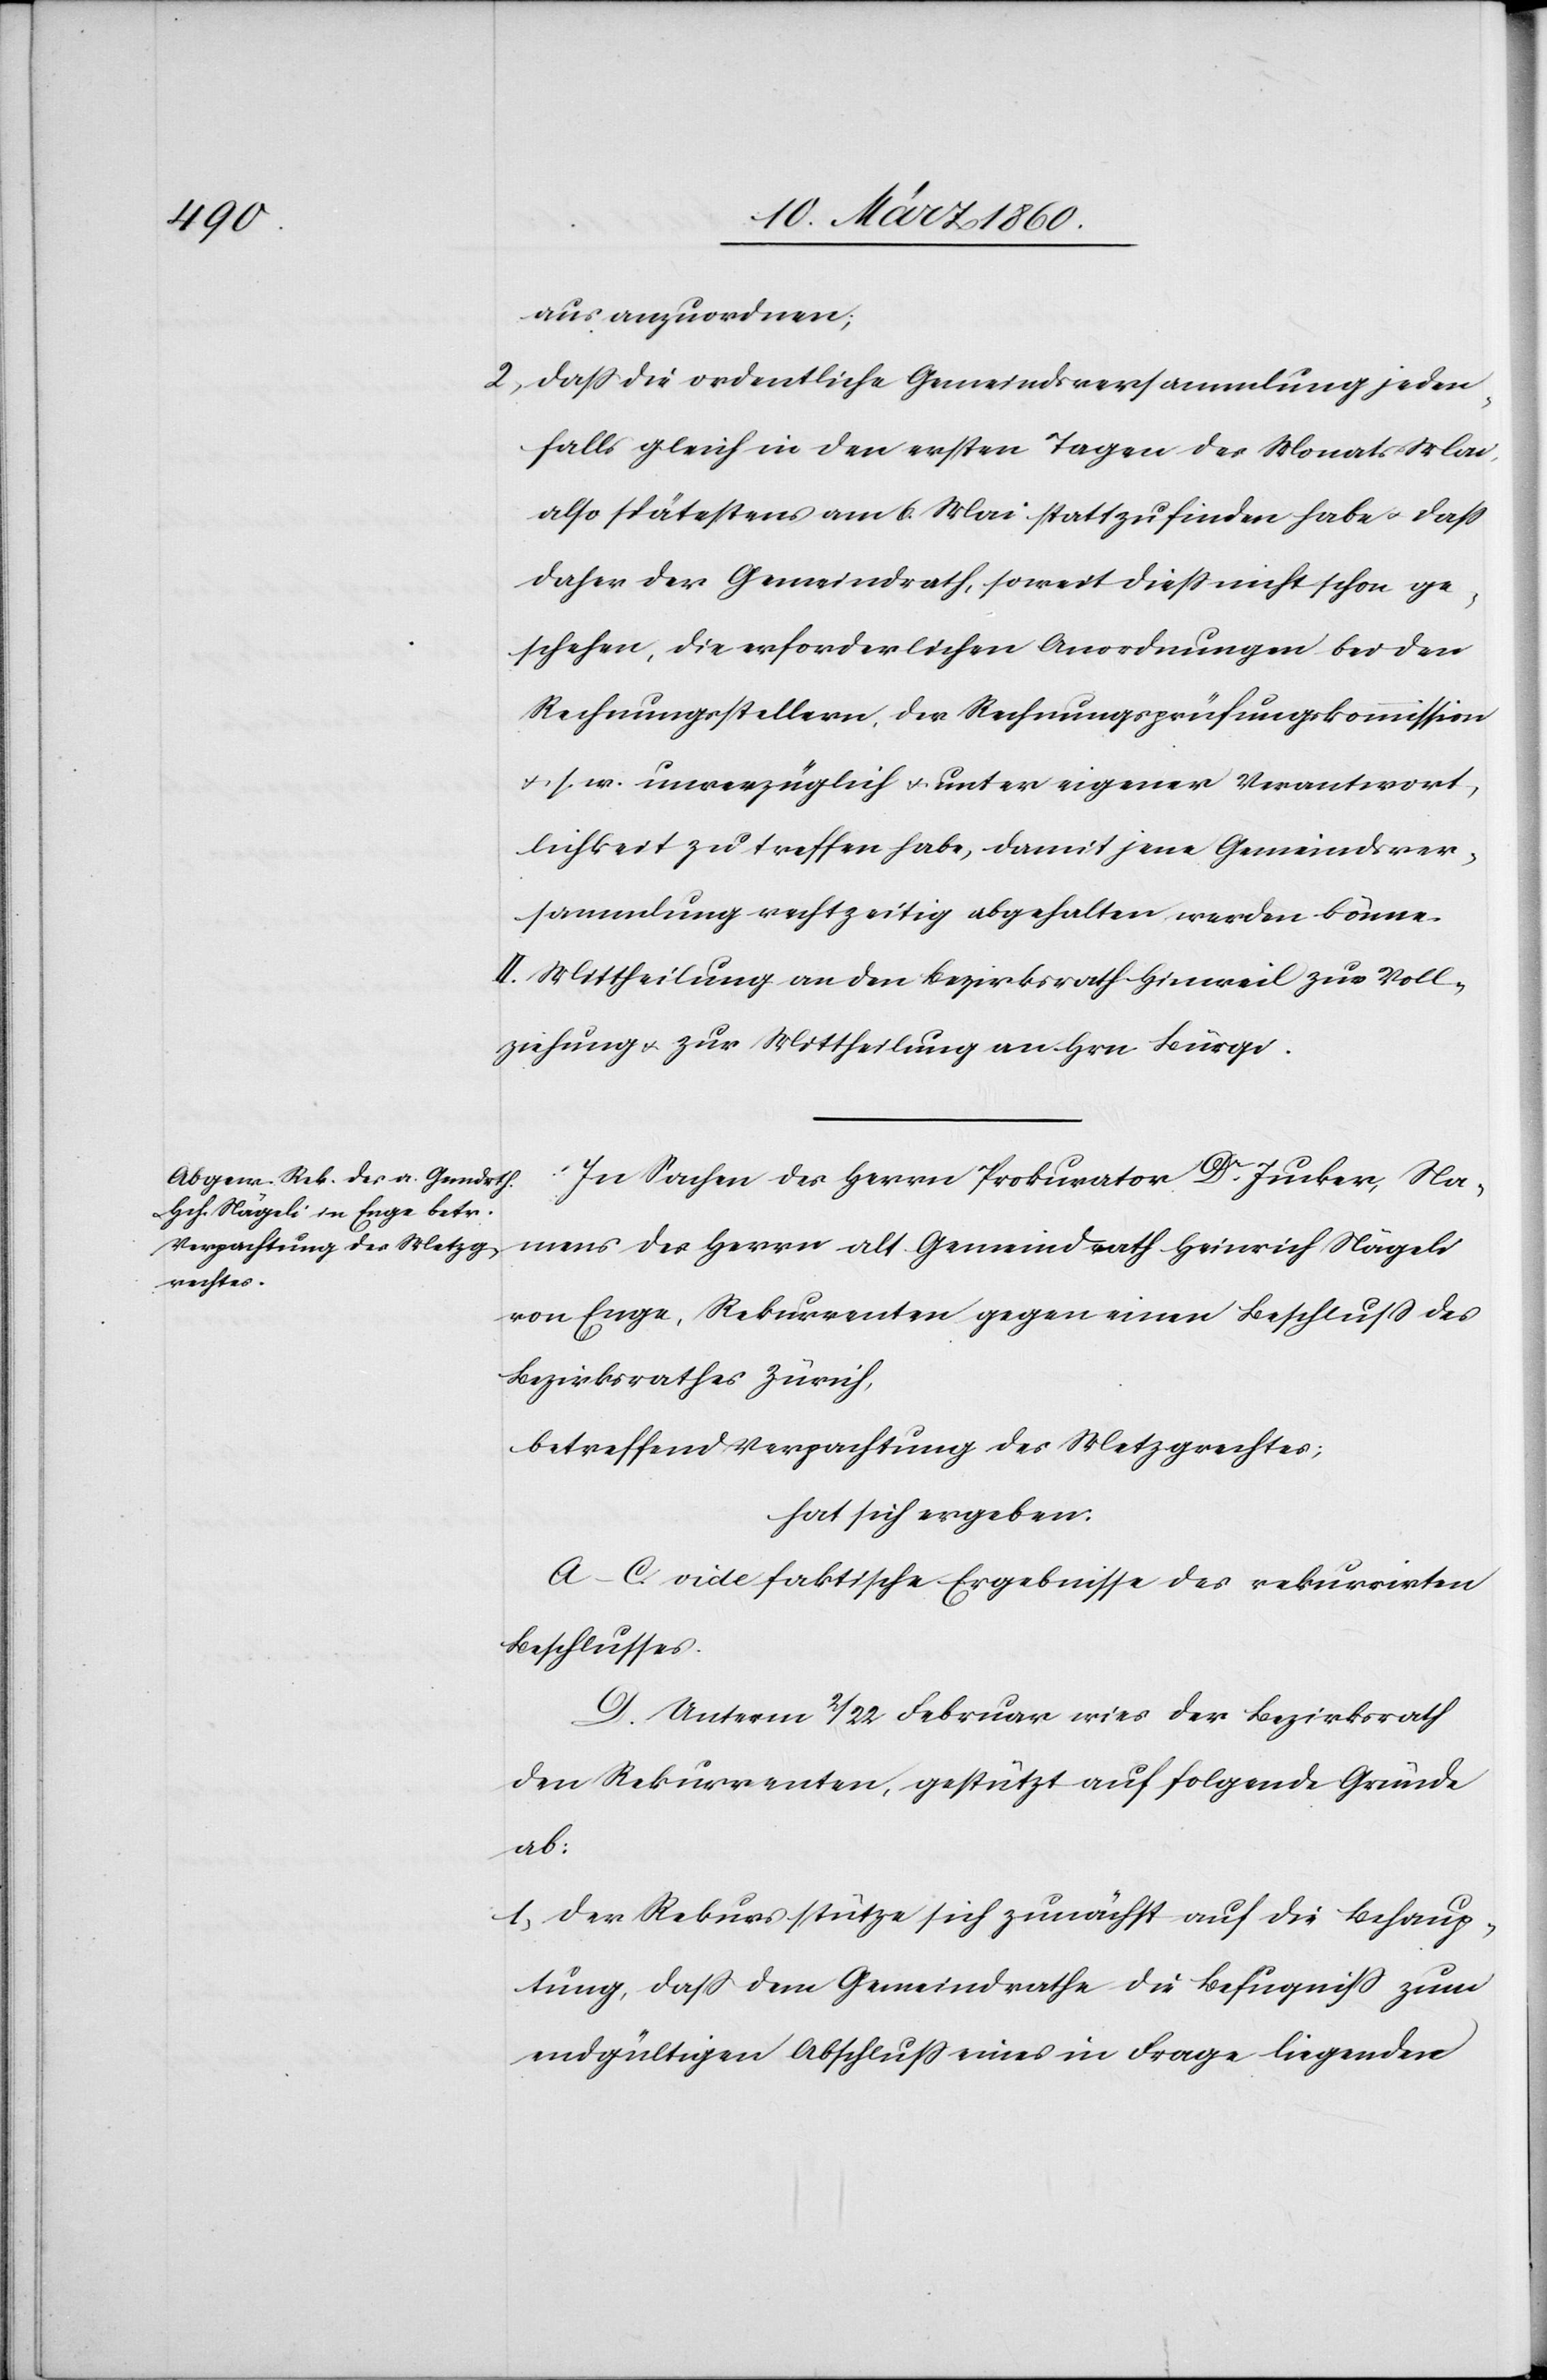
aus anzuordnen;
2. dass die ordentliche Gemeindsversammlung jeden¬
falls gleich in den ersten Tagen des Monats Mai
also spätestens am 6. Mai stattzufinden habe u. dass
daher der Gemeindrath, soweit diess nicht schon ge¬
schehen, die erforderlichen Anordnungen bei den
Rechnungsstellern, der Rechnungsprüfungskommission
u. s. w. unverzüglich u. unter eigener Verantwort¬
lichkeit zu treffen habe, damit jene Gemeindsver¬
sammlung rechtzeitig abgehalten werden könne.
II. Mittheilung an den Bezirksrath Hinweil zur Voll¬
ziehung u. zur Mittheilung an Hrn. Bürgi.
In Sachen des Herrn Prokurator Dr Jucker, Na¬
mens des Herrn alt Gemeindrath Heinrich Nägeli
von Enge, Rekurrenten gegen einen Beschluss des
Bezirksrathes Zürich,
betreffend Verpachtung des Metzgrechtes;
hat sich ergeben:
A–C. vide faktische Ergebnisse des rekurrirten
Beschlusses.
D. Unterm 2/22. Februar wies der Bezirksrath
den Rekurrenten, gestützt auf folgende Gründe
ab:
1. der Rekurs stütze sich zunächst auf die Behaup¬
tung, dass dem Gemeindrathe die Befugniss zum
endgültigen Abschluss eines in Frage liegenden